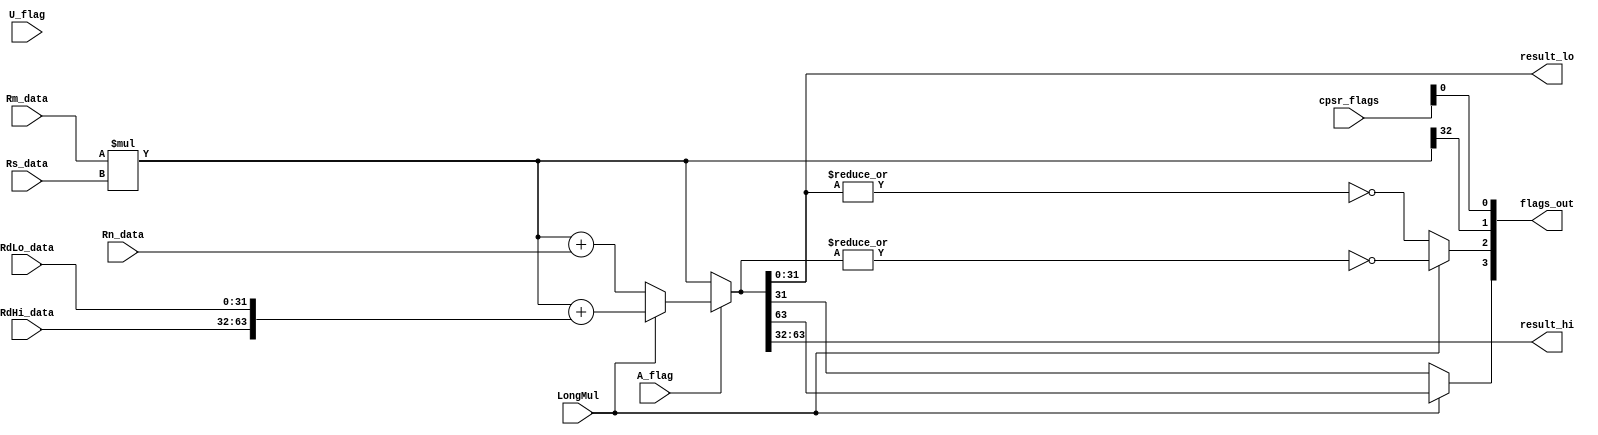
module multiplier (
    input wire A_flag,
    input wire U_flag,
    input wire LongMul,
    input wire [31:0] Rm_data,
    input wire [31:0] Rs_data,
    input wire [31:0] Rn_data,
    input wire [31:0] RdHi_data, //used for MLAL instructions...
    input wire [31:0] RdLo_data,
    input wire [3:0] cpsr_flags,
    output wire [31:0] result_lo,
    output wire [31:0] result_hi,
    output wire [3:0] flags_out
);
//CPSR condition flags
wire N, Z, C, V;
// N - negative/less than
// Z - zero
// C - carry/borrow/extend
// V - overflow
assign N = LongMul ? result_hi[31] : result_lo[31];
assign Z = LongMul ? ~|{result_hi, result_lo} : ~|result_lo;
assign C = productHi[0]; //meaningless
assign V = cpsr_flags[0]; //unaffected
assign flags_out = {N, Z, C, V};

wire [31:0] productHi, productLo;

//multiplication step

assign {productHi, productLo} = (U_flag & LongMul) ? $signed(Rm_data) * $signed(Rs_data) :
                                                    $unsigned(Rm_data) * $unsigned(Rs_data);

assign {result_hi, result_lo} = A_flag   ?
                                (LongMul ? ({productHi, productLo} + {RdHi_data, RdLo_data}) :
                                ({productHi, productLo} + Rn_data)) :
                                {productHi, productLo};

endmodule